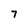
Character: 7